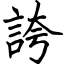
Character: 誇